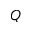
Q